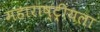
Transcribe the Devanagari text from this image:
महाराष्ट्रीयला